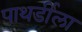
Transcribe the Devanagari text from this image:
पाथर्डीला